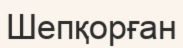
Шепқорған